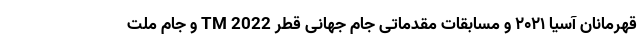
قهرمانان آسیا ۲۰۲۱ و مسابقات مقدماتی جام جهانی قطر 2022 TM و جام ملت